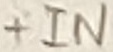
Text: +IN